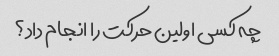
چه کسی اولین حرکت را انجام داد؟